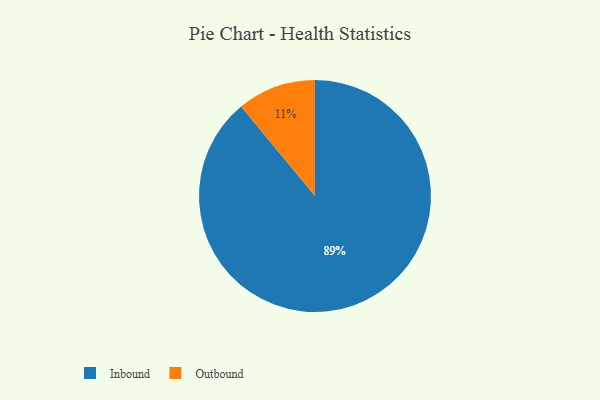
{"axis": {"x": "Category", "y": "Percentage"}, "legend": ["Inbound", "Outbound"], "data": [{"x": "Inbound", "y": 89, "type": "Inbound"}, {"x": "Outbound", "y": 11, "type": "Outbound"}]}